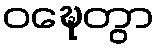
ဝဍ္ဎေတွာ